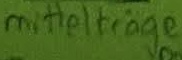
Text: mittelträge